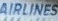
AIRLINES